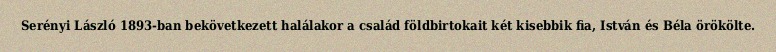
Serényi László 1893-ban bekövetkezett halálakor a család földbirtokait két kisebbik fia, István és Béla örökölte.